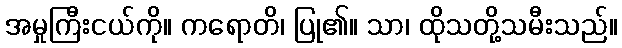
အမှုကြီးငယ်ကို။ ကရောတိ၊ ပြု၏။ သာ၊ ထိုသတို့သမီးသည်။